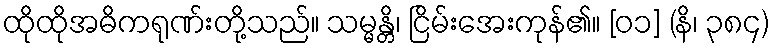
ထိုထိုအဓိကရုဏ်းတို့သည်။ သမ္မန္တိ၊ ငြိမ်းအေးကုန်၏။ [၀၁] (နိ၊ ၃၈၄)